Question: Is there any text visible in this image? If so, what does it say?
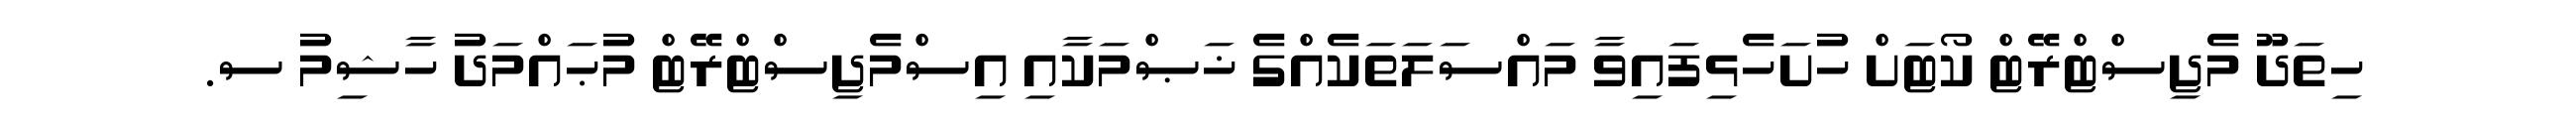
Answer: ހިތަދޫ މެޖިސްޓްރޭޓް ކޯޓަށް ހުށަހެޅިފައިވާ މައްސަލަތަކެއްގެ ޚަޞްމަކާއި އިސްމެޖިސްޓްރޭޓް މުޙައްމަދު ހާޝިމު ސ.